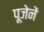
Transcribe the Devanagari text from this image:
पूजेनें